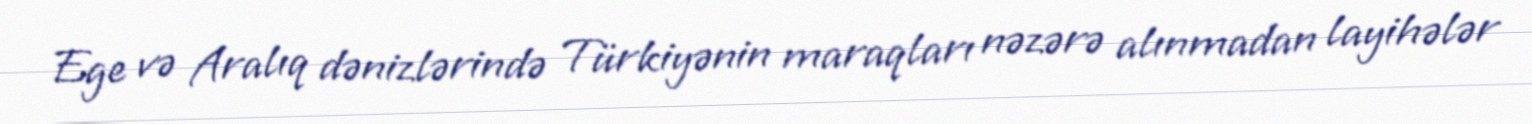
Ege və Aralıq dənizlərində Türkiyənin maraqları nəzərə alınmadan layihələr